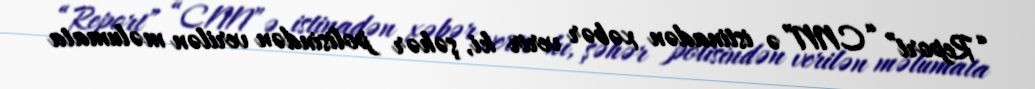
“Report” “CNN”ə istinadən xəbər verir ki, şəhər polisindən verilən məlumata